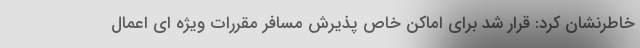
خاطرنشان کرد: قرار شد برای اماکن خاص پذیرش مسافر مقررات ویژه ای اعمال